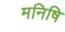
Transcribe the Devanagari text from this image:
मनिषि